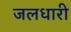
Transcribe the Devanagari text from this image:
जलधारी